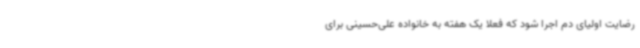
رضایت اولیای دم اجرا شود که فعلا یک هفته به خانواده علی‌حسینی برای